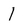
Character: 1